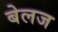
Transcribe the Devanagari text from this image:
बेलज